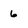
Character: 6